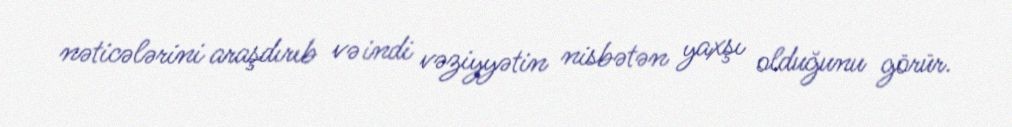
nəticələrini araşdırıb və indi vəziyyətin nisbətən yaxşı olduğunu görür.